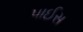
પાઈસ